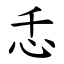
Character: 忎